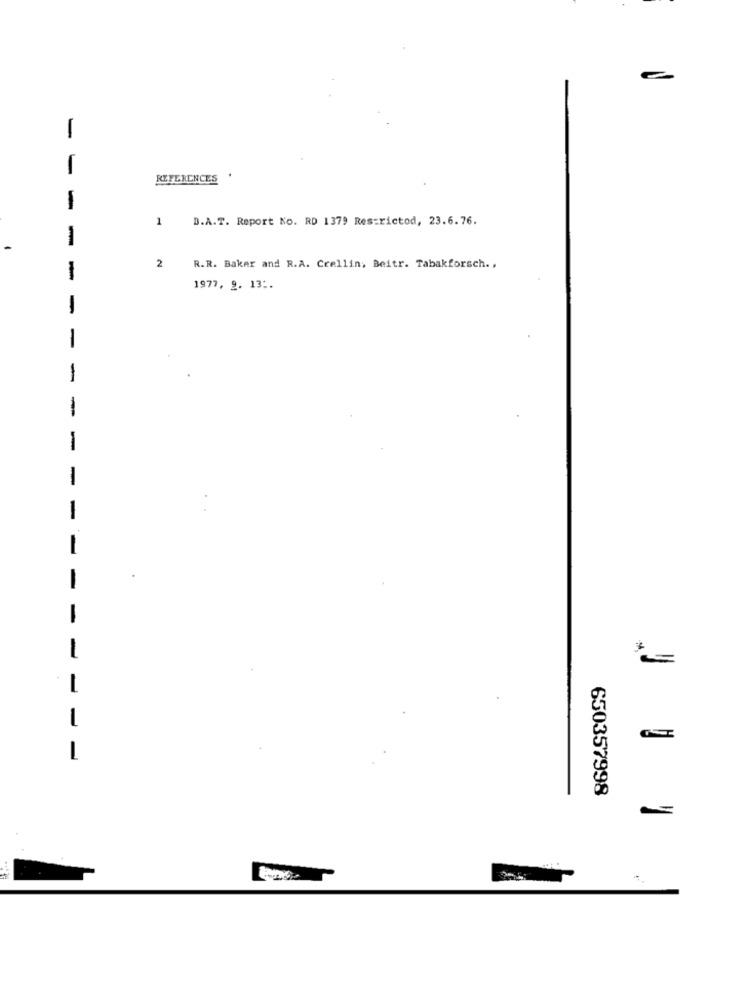
e
1
REFERENCES
.
-
1
D.A.T. Report No. RD 1379 Restrictod, 23.6.76.
-
-
2
R.R. Baker and R.A. Crellin, Beitr. Tabakforsch .,
-
1977, 9. 13 :.
-
-
1
1
-
-
-
-
-
-
L
-
650357998